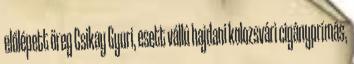
előlépett öreg Csikay Gyuri, esett vállú hajdani kolozsvári cigányprímás,